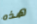
هذه